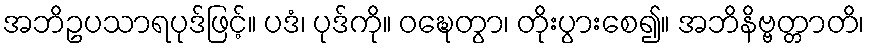
အဘိဥပသာရပုဒ်ဖြင့်။ ပဒံ၊ ပုဒ်ကို။ ဝဍ္ဎေတွာ၊ တိုးပွားစေ၍။ အဘိနိဗ္ဗတ္တာတိ၊